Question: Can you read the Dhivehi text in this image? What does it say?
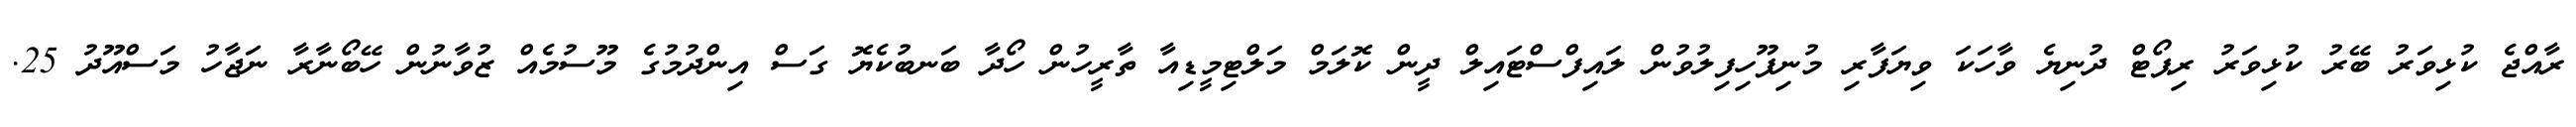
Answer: ރާއްޖެ ކުޅިވަރު ބޭރު ކުޅިވަރު ރިޕޯޓް ދުނިޔެ ވާހަކަ ވިޔަފާރި މުނިފޫހިފިލުވުން ލައިފްސްޓައިލް ދީން ކޮލަމް މަލްޓިމީޑިއާ ތާރީހުން ހޯދާ ބަނބުކެޔޮ ގަސް އިންދުމުގެ މޫސުމެއް ޒުވާނުން ހޭބޯނާރާ ނަޖާހު މަސްއޫދު 25.